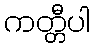
ကတ္တီပါ